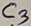
Text: C3